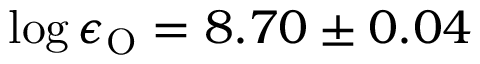
\log \epsilon _ { \mathrm { O } } = 8 . 7 0 \pm 0 . 0 4